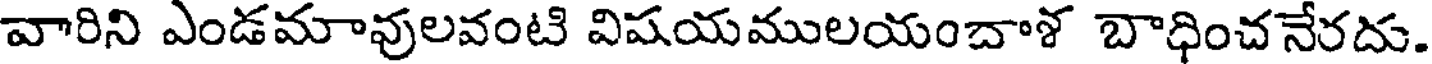
వారిని ఎండమావులవంటి విషయములయంచాళ బాధించనేరదు.